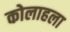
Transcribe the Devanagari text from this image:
कोलाहला